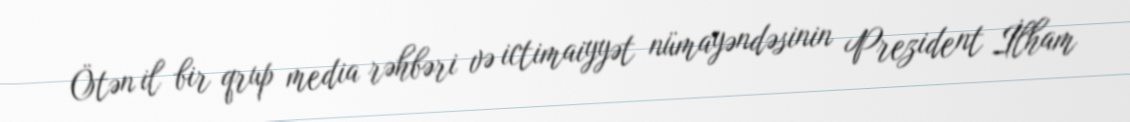
Ötən il bir qrup media rəhbəri və ictimaiyyət nümayəndəsinin Prezident İlham